Document type: Sale
Year: 1461
Scribe: [Unknown]
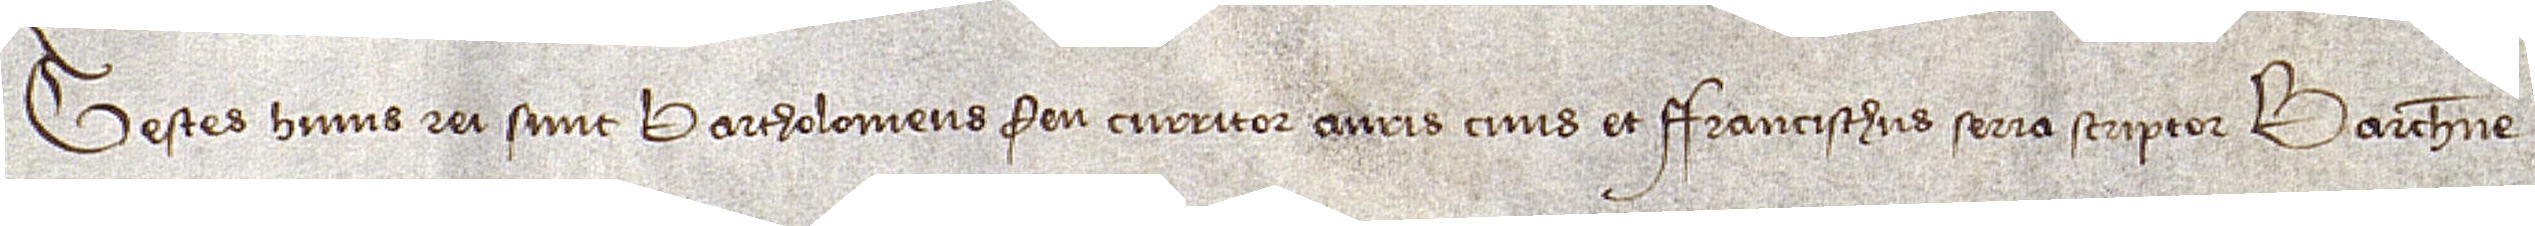
Testes huius rei sunt: Bartholomeus Feu, curritor auris, civis, et Francischus Serra, scriptor Barchinone.